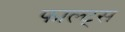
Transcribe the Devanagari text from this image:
फाल्ट्स